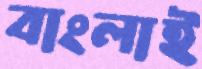
বাংলাই